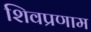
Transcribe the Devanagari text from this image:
शिवप्रणाम